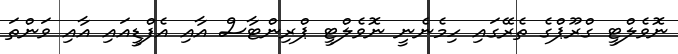
ނޮވެލްޓީ ގްރޫޕްގެ ތެރޭގައި ހިމެނެނީ ނޮވެލްޓީ ޕްރިންޓާސް އާއި އެފްޑީއައި އާއި ވަންތަ